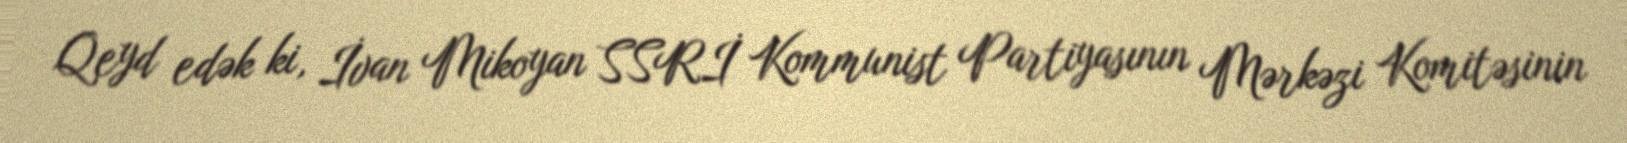
Qeyd edək ki, İvan Mikoyan SSRİ Kommunist Partiyasının Mərkəzi Komitəsinin